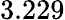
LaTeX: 3.229